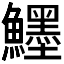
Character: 𱇅